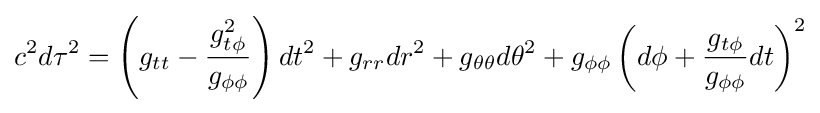
c^{2}d\tau ^{2}=\left(g_{tt}-{\frac {g_{t\phi }^{2}}{g_{\phi \phi }}}\right)dt^{2}+g_{rr}dr^{2}+g_{\theta \theta }d\theta ^{2}+g_{\phi \phi }\left(d\phi +{\frac {g_{t\phi }}{g_{\phi \phi }}}dt\right)^{2}